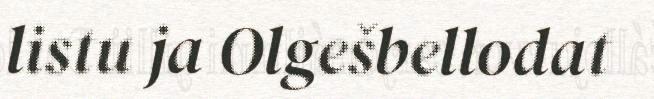
listu ja Olgešbellodat